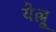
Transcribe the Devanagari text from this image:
येल्लू